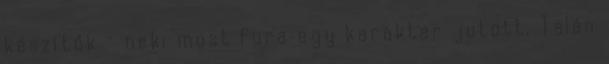
készítők – neki most fura egy karakter jutott. Talán